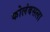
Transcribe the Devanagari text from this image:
कोलंबसला